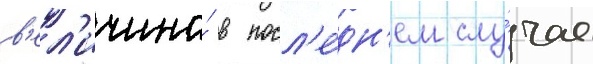
в'ел'ичина́ в посл'е́дн'ем слу́чае